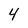
Character: 4